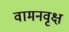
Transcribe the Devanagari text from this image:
वामनवृक्ष